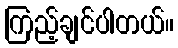
ကြည့်ချင်ပါတယ်။